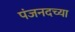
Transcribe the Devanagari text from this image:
पंजनदच्या